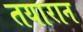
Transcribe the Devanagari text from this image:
तयारान